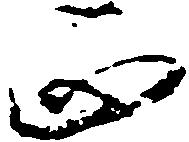
正